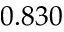
0 . 8 3 0